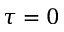
\tau = 0